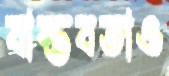
বাস্তবতাও